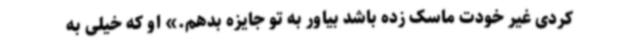
کردی غیر خودت ماسک زده باشد بیاور به تو جایزه بدهم.» او که خیلی به